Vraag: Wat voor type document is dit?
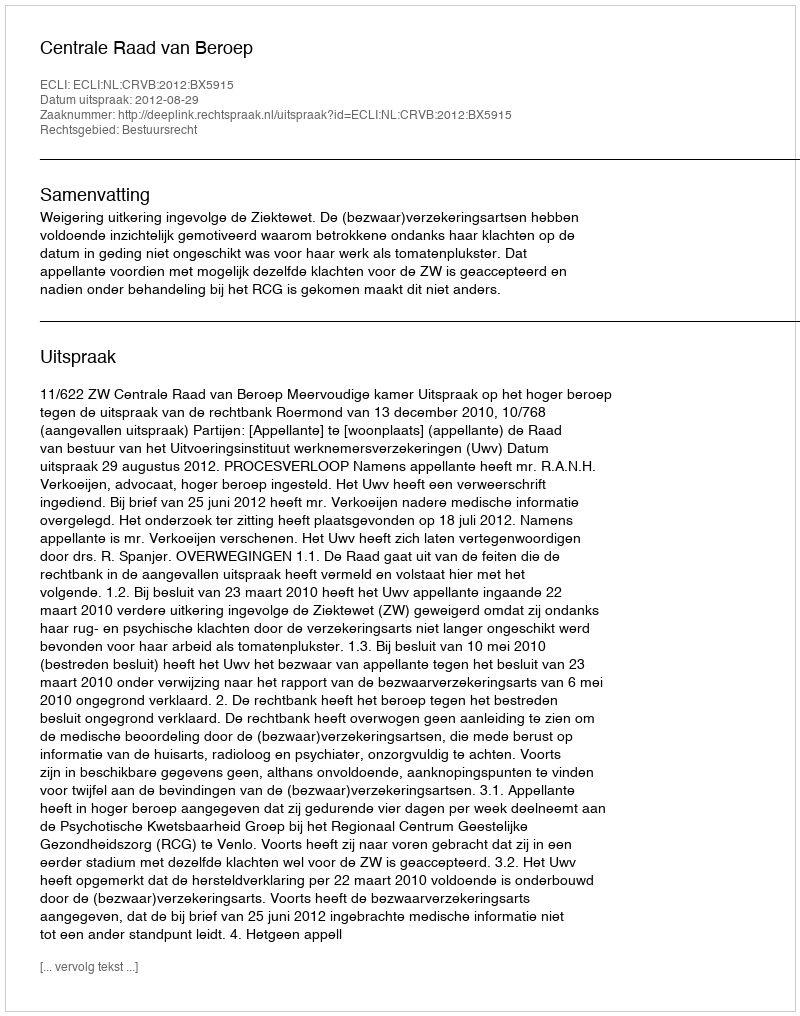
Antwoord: Uitspraak